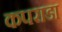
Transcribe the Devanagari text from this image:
कपराडा